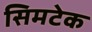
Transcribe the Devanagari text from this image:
सिमटेक